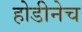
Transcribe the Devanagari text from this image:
होडीनेच